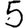
Digit: 5